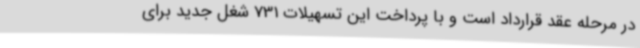
در مرحله عقد قرارداد است و با پرداخت این تسهیلات 731 شغل جدید برای